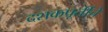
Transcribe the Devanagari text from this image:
दशकपूर्तीचे